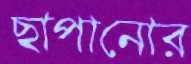
ছাপানোর